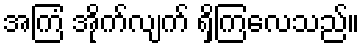
အကြံ အိုက်လျက် ရှိကြလေသည်။